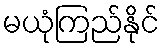
မယုံကြည်နိုင်